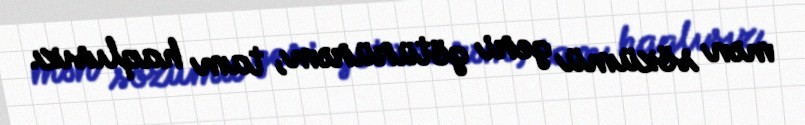
mən sözümü geri götürürəm, tam haqlısız.